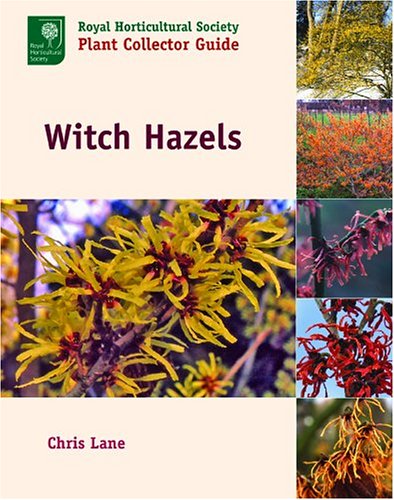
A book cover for Witch Hazels (Royal Horticultural Society Plant Collector Guide); Christopher Lane; Crafts, Hobbies & Home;